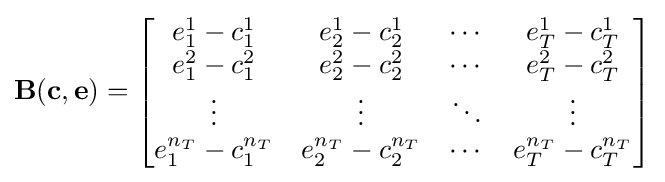
\mathbf {B} (\mathbf {c} ,\mathbf {e} )={\begin{bmatrix}e_{1}^{1}-c_{1}^{1}&e_{2}^{1}-c_{2}^{1}&\cdots &e_{T}^{1}-c_{T}^{1}\\e_{1}^{2}-c_{1}^{2}&e_{2}^{2}-c_{2}^{2}&\cdots &e_{T}^{2}-c_{T}^{2}\\\vdots &\vdots &\ddots &\vdots \\e_{1}^{n_{T}}-c_{1}^{n_{T}}&e_{2}^{n_{T}}-c_{2}^{n_{T}}&\cdots &e_{T}^{n_{T}}-c_{T}^{n_{T}}\end{bmatrix}}